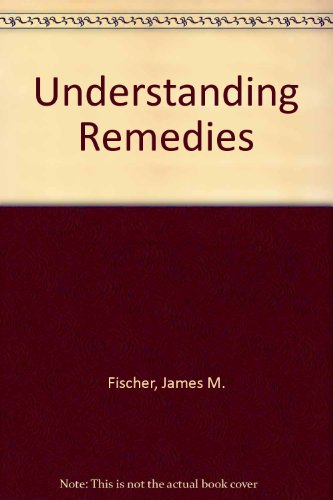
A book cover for Understanding Remedies; Professor of Law, Southwestern University School of Law James M. Fischer; Law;